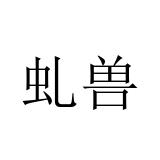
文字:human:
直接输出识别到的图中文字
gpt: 虬兽